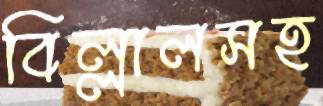
বিল্লালসহ